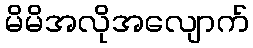
မိမိအလိုအလျောက်